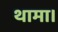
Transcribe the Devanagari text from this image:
थामा।